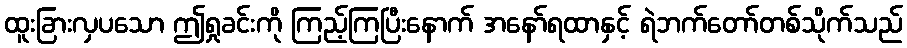
ထူးခြားလှပသော ဤရှုခင်းကို ကြည့်ကြပြီးနောက် အနော်ရထာနှင့် ရဲဘက်တော်တစ်သိုက်သည်